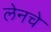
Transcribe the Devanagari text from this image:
लेनचे